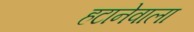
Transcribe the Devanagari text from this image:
हटानेवाला